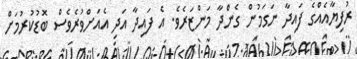
ރުފިޔާއެއްގެ ފައިދާ ނަގަމުން ގެންދާ މަންޒަރެވެ. އެ ފައިދާ އަދި އެއަށްވުރެވެސް ބޮޑުކުރުމަށް